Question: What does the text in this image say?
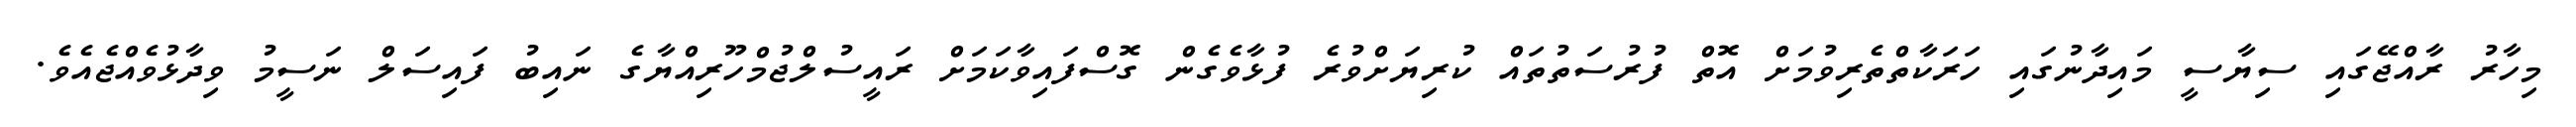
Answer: މިހާރު ރާއްޖޭގައި ސިޔާސީ މައިދާނުގައި ހަރަކާތްތެރިވުމަށް އޮތް ފުރުސަތުތައް ކުރިޔަށްވުރެ ފުޅާވެގެން ގޮސްފައިވާކަމަށް ރައީސުލްޖުމްހޫރިއްޔާގެ ނައިބު ފައިސަލް ނަސީމު ވިދާޅުވެއްޖެއެވެ.